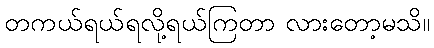
တကယ်ရယ်ရလို့ရယ်ကြတာ လားတော့မသိ။